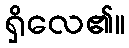
ရှိလေ၏။